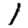
Digit: 1